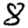
Digit: 8